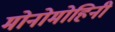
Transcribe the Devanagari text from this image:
मोनोमोहिनी